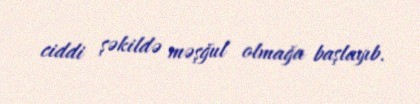
ciddi şəkildə məşğul olmağa başlayıb.